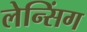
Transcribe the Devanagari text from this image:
लेन्सिंग